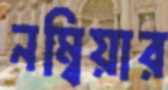
নম্বিয়ার